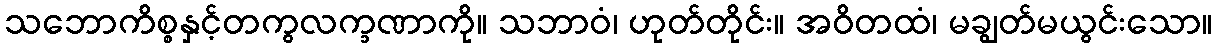
သဘောကိစ္စနှင့်တကွလက္ခဏာကို။ သဘာဝံ၊ ဟုတ်တိုင်း။ အဝိတထံ၊ မချွတ်မယွင်းသော။